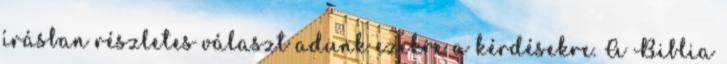
írásban részletes választ adunk ezekre a kérdésekre. A Biblia